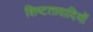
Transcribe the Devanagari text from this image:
शिष्टतावादियों